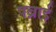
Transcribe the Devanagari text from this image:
पब्राई